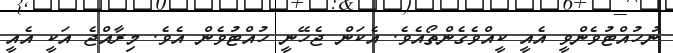
ނުހުއްޓުވެންވީ އެއީ ކީއްވެގެންތޯއެވެ. އެކަން ޖެހޭނީ ހުއްޓުވެން އެވެ. މިރާއްޖެ އަކީ އެއީ